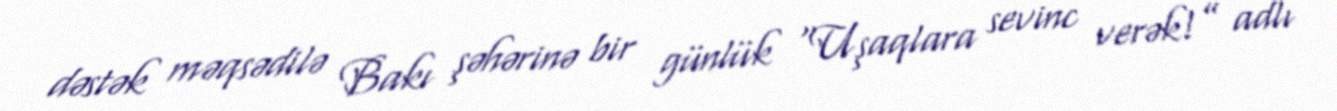
dəstək məqsədilə Bakı şəhərinə bir günlük "Uşaqlara sevinc verək!” adlı